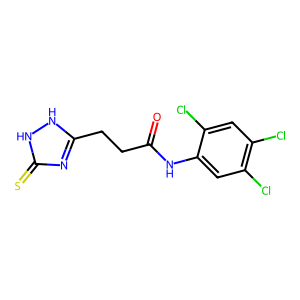
SMILES: O=C(CCc1nc(=S)[nH][nH]1)Nc1cc(Cl)c(Cl)cc1Cl
Inhibits HIV replication: No